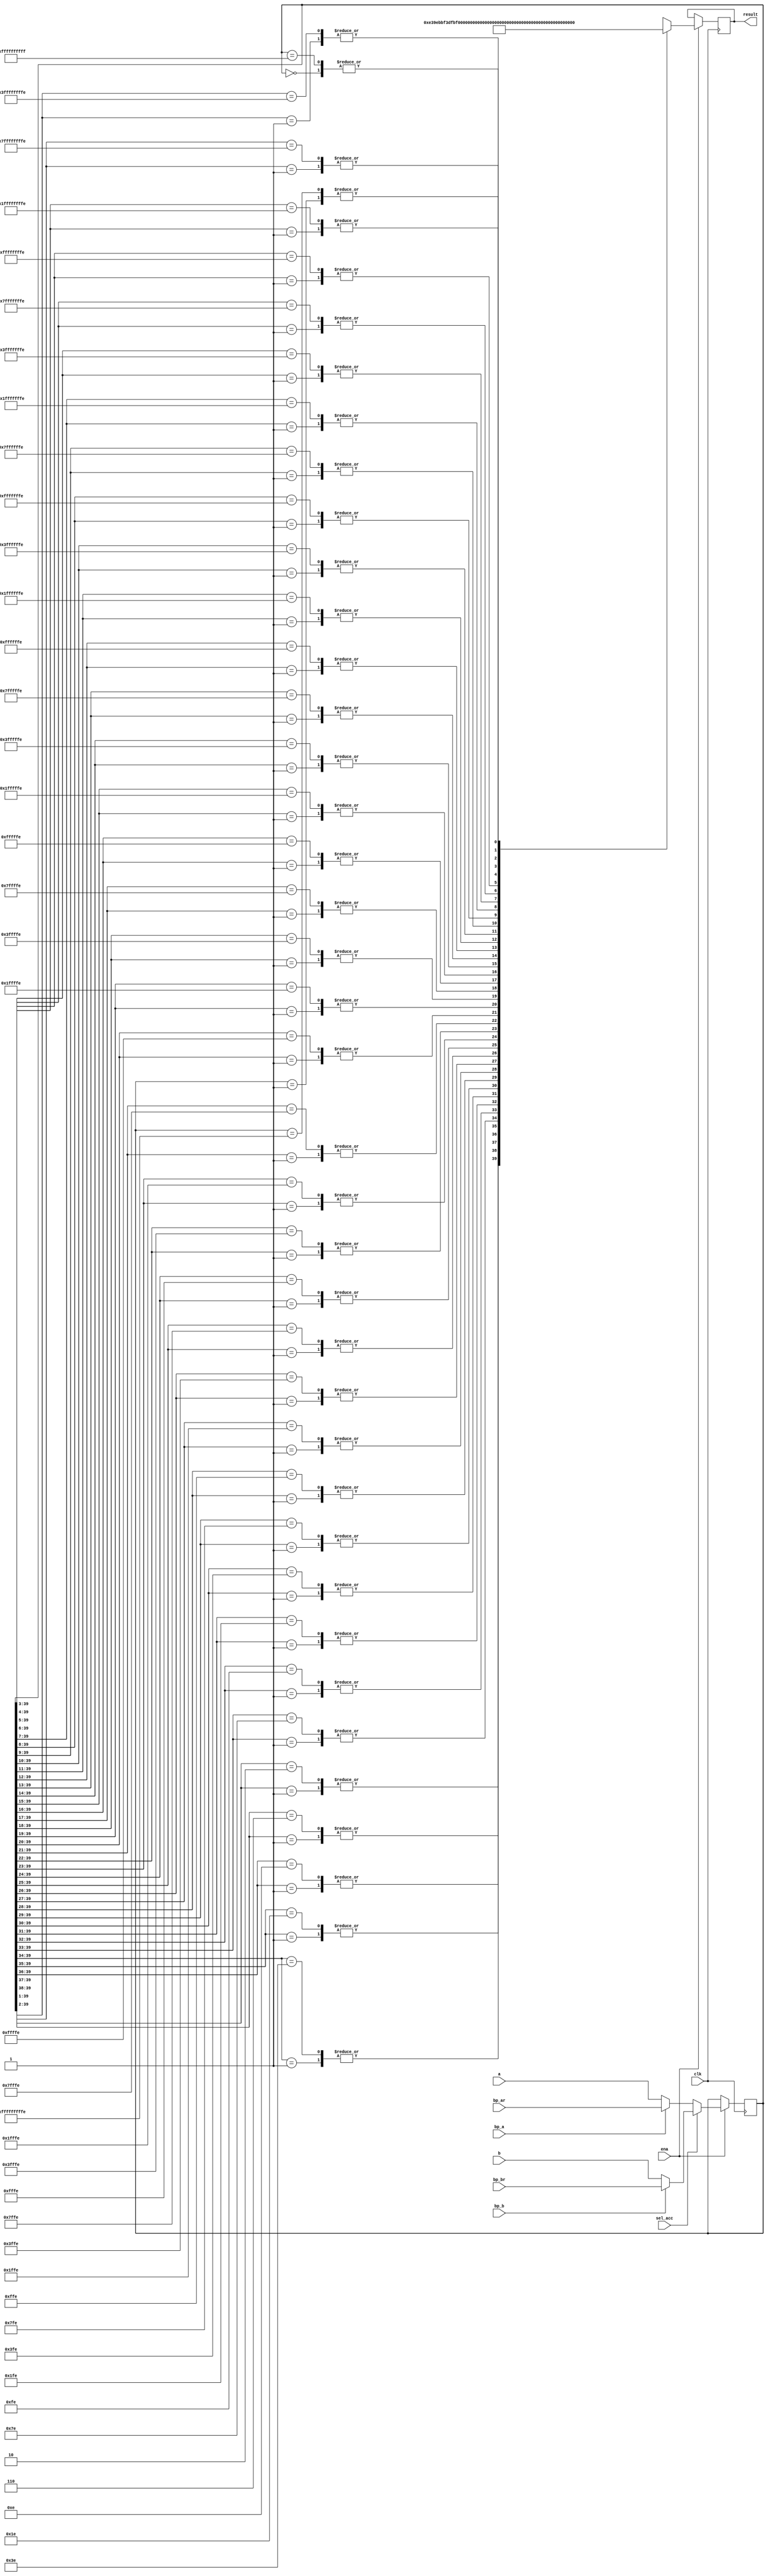
/////////////////////////////////////////////////////////////////////
////                                                             ////
////  OpenCores54 DSP, Exponent Encoder                          ////
////                                                             ////
////          richard@asics.ws                                   ////
////          www.asics.ws                                       ////
////                                                             ////
/////////////////////////////////////////////////////////////////////
////                                                             ////
//// Copyright (C) 2002 Richard Herveille                        ////
////                    richard@asics.ws                         ////
////                                                             ////
//// This source file may be used and distributed without        ////
//// restriction provided that this copyright statement is not   ////
//// removed from the file and that any derivative work contains ////
//// the original copyright notice and the associated disclaimer.////
////                                                             ////
////     THIS SOFTWARE IS PROVIDED ``AS IS'' AND WITHOUT ANY     ////
//// EXPRESS OR IMPLIED WARRANTIES, INCLUDING, BUT NOT LIMITED   ////
//// TO, THE IMPLIED WARRANTIES OF MERCHANTABILITY AND FITNESS   ////
//// FOR A PARTICULAR PURPOSE. IN NO EVENT SHALL THE AUTHOR      ////
//// OR CONTRIBUTORS BE LIABLE FOR ANY DIRECT, INDIRECT,         ////
//// INCIDENTAL, SPECIAL, EXEMPLARY, OR CONSEQUENTIAL DAMAGES    ////
//// (INCLUDING, BUT NOT LIMITED TO, PROCUREMENT OF SUBSTITUTE   ////
//// GOODS OR SERVICES; LOSS OF USE, DATA, OR PROFITS; OR        ////
//// BUSINESS INTERRUPTION) HOWEVER CAUSED AND ON ANY THEORY OF  ////
//// LIABILITY, WHETHER IN  CONTRACT, STRICT LIABILITY, OR TORT  ////
//// (INCLUDING NEGLIGENCE OR OTHERWISE) ARISING IN ANY WAY OUT  ////
//// OF THE USE OF THIS SOFTWARE, EVEN IF ADVISED OF THE         ////
//// POSSIBILITY OF SUCH DAMAGE.                                 ////
////                                                             ////
/////////////////////////////////////////////////////////////////////
								
//
// Xilinx Virtex-E WC: 116 CLB slices @ 74MHz, pass 4
//
									 
//  CVS Log														     
//																     
//  $Id: oc54_exp.v,v 1.1.1.1 2002-04-10 09:34:41 rherveille Exp $														     
//																     
//  $Date: 2002-04-10 09:34:41 $														 
//  $Revision: 1.1.1.1 $													 
//  $Author: rherveille $													     
//  $Locker:  $													     
//  $State: Exp $														 
//																     
// Change History:												     
//               $Log: not supported by cvs2svn $											 
																

module oc54_exp (
	clk, ena,
	sel_acc,
	a, b,
	bp_ar, bp_br,
	bp_a, bp_b,
	result
	);

//
// parameters
//

//
// inputs & outputs
//
input         clk;
input         ena;
input         sel_acc;                  // select accumulator
input  [39:0] a, b;                     // accumulator inputs
input  [39:0] bp_ar, bp_br;             // bypass accumulator a / b
input         bp_a, bp_b;               // bypass selects
output [ 5:0] result;

reg [5:0] result;

//
// variables
//
reg [39:0] acc;

/////////////////
// module body //
/////////////////  34('1') - 1(sign bit) - 8

//
// generate input selection
//

// input selection
always@(posedge clk)
	if (ena)
		if (sel_acc)
			acc = bp_b ? bp_br : b;
		else
			acc = bp_a ? bp_ar : a;

//
// Generate exponent encoder
//
// The result of the exponent encoder is the number of leading
// redundant bits, except the sign-bit, -8. Exp is in the -8 to +31 range.

// 00_0110 -> 11_1001 -> 11_1010

always@(posedge clk)
	if (ena)
		casex (acc) // synopsis full_case parallel_case
			//
			// positive numbers
			//
			40'b01??_????_????_????_????_????_????_????_????_????:
				result <= #1 6'h38; // 1 (leading red. bit) - 1 (sign bit) - 8 = -8
			40'b001?_????_????_????_????_????_????_????_????_????:
				result <= #1 6'h39; // 2 (leading red. bit) - 1 (sign bit) - 8 = -7
			40'b0001_????_????_????_????_????_????_????_????_????:
				result <= #1 6'h3a; // 3 (leading red. bit) - 1 (sign bit) - 8 = -6
			40'b0000_1???_????_????_????_????_????_????_????_????:
				result <= #1 6'h3b; // 4 (leading red. bit) - 1 (sign bit) - 8 = -5

			40'b0000_01??_????_????_????_????_????_????_????_????:
				result <= #1 6'h3c; // 5 (leading red. bit) - 1 (sign bit) - 8 = -4
			40'b0000_001?_????_????_????_????_????_????_????_????:
				result <= #1 6'h3d; // 6 (leading red. bit) - 1 (sign bit) - 8 = -3
			40'b0000_0001_????_????_????_????_????_????_????_????:
				result <= #1 6'h3e; // 7 (leading red. bit) - 1 (sign bit) - 8 = -2
			40'b0000_0000_1???_????_????_????_????_????_????_????:
				result <= #1 6'h3f; // 8 (leading red. bit) - 1 (sign bit) - 8 = -1

			40'b0000_0000_01??_????_????_????_????_????_????_????:
				result <= #1 6'h00; // 9 (leading red. bit) - 1 (sign bit) - 8 = 0
			40'b0000_0000_001?_????_????_????_????_????_????_????:
				result <= #1 6'h01; //10 (leading red. bit) - 1 (sign bit) - 8 = 1
			40'b0000_0000_0001_????_????_????_????_????_????_????:
				result <= #1 6'h02; //11 (leading red. bit) - 1 (sign bit) - 8 = 2
			40'b0000_0000_0000_1???_????_????_????_????_????_????:
				result <= #1 6'h03; //12 (leading red. bit) - 1 (sign bit) - 8 = 3

			40'b0000_0000_0000_01??_????_????_????_????_????_????:
				result <= #1 6'h04; //13 (leading red. bit) - 1 (sign bit) - 8 = 4
			40'b0000_0000_0000_001?_????_????_????_????_????_????:
				result <= #1 6'h05; //14 (leading red. bit) - 1 (sign bit) - 8 = 5
			40'b0000_0000_0000_0001_????_????_????_????_????_????:
				result <= #1 6'h06; //15 (leading red. bit) - 1 (sign bit) - 8 = 6
			40'b0000_0000_0000_0000_1???_????_????_????_????_????:
				result <= #1 6'h07; //16 (leading red. bit) - 1 (sign bit) - 8 = 7

			40'b0000_0000_0000_0000_01??_????_????_????_????_????:
				result <= #1 6'h08; //17 (leading red. bit) - 1 (sign bit) - 8 = 8
			40'b0000_0000_0000_0000_001?_????_????_????_????_????:
				result <= #1 6'h09; //18 (leading red. bit) - 1 (sign bit) - 8 = 9
			40'b0000_0000_0000_0000_0001_????_????_????_????_????:
				result <= #1 6'h0a; //19 (leading red. bit) - 1 (sign bit) - 8 =10
			40'b0000_0000_0000_0000_0000_1???_????_????_????_????:
				result <= #1 6'h0b; //20 (leading red. bit) - 1 (sign bit) - 8 =11
	
			40'b0000_0000_0000_0000_0000_01??_????_????_????_????:
				result <= #1 6'h0c; //21 (leading red. bit) - 1 (sign bit) - 8 =12
			40'b0000_0000_0000_0000_0000_001?_????_????_????_????:
				result <= #1 6'h0d; //22 (leading red. bit) - 1 (sign bit) - 8 =13
			40'b0000_0000_0000_0000_0000_0001_????_????_????_????:
				result <= #1 6'h0e; //23 (leading red. bit) - 1 (sign bit) - 8 =14
			40'b0000_0000_0000_0000_0000_0000_1???_????_????_????:
				result <= #1 6'h0f; //24 (leading red. bit) - 1 (sign bit) - 8 =15

			40'b0000_0000_0000_0000_0000_0000_01??_????_????_????:
				result <= #1 6'h10; //25 (leading red. bit) - 1 (sign bit) - 8 =16
			40'b0000_0000_0000_0000_0000_0000_001?_????_????_????:
				result <= #1 6'h11; //26 (leading red. bit) - 1 (sign bit) - 8 =17
			40'b0000_0000_0000_0000_0000_0000_0001_????_????_????:
				result <= #1 6'h12; //27 (leading red. bit) - 1 (sign bit) - 8 =18
			40'b0000_0000_0000_0000_0000_0000_0000_1???_????_????:
				result <= #1 6'h13; //28 (leading red. bit) - 1 (sign bit) - 8 =19

			40'b0000_0000_0000_0000_0000_0000_0000_01??_????_????:
				result <= #1 6'h14; //29 (leading red. bit) - 1 (sign bit) - 8 =20
			40'b0000_0000_0000_0000_0000_0000_0000_001?_????_????:
				result <= #1 6'h15; //30 (leading red. bit) - 1 (sign bit) - 8 =21
			40'b0000_0000_0000_0000_0000_0000_0000_0001_????_????:
				result <= #1 6'h16; //31 (leading red. bit) - 1 (sign bit) - 8 =22
			40'b0000_0000_0000_0000_0000_0000_0000_0000_1???_????:
				result <= #1 6'h17; //32 (leading red. bit) - 1 (sign bit) - 8 =23

			40'b0000_0000_0000_0000_0000_0000_0000_0000_01??_????:
				result <= #1 6'h18; //33 (leading red. bit) - 1 (sign bit) - 8 =24
			40'b0000_0000_0000_0000_0000_0000_0000_0000_001?_????:
				result <= #1 6'h19; //34 (leading red. bit) - 1 (sign bit) - 8 =25
			40'b0000_0000_0000_0000_0000_0000_0000_0000_0001_????:
				result <= #1 6'h1a; //35 (leading red. bit) - 1 (sign bit) - 8 =26
			40'b0000_0000_0000_0000_0000_0000_0000_0000_0000_1???:
				result <= #1 6'h1b; //36 (leading red. bit) - 1 (sign bit) - 8 =27

			40'b0000_0000_0000_0000_0000_0000_0000_0000_0000_01??:
				result <= #1 6'h1c; //37 (leading red. bit) - 1 (sign bit) - 8 =28
			40'b0000_0000_0000_0000_0000_0000_0000_0000_0000_001?:
				result <= #1 6'h1d; //38 (leading red. bit) - 1 (sign bit) - 8 =29
			40'b0000_0000_0000_0000_0000_0000_0000_0000_0000_0001:
				result <= #1 6'h1e; //39 (leading red. bit) - 1 (sign bit) - 8 =30
			40'b0000_0000_0000_0000_0000_0000_0000_0000_0000_0000:
				result <= #1 6'h1f; //40 (leading red. bit) - 1 (sign bit) - 8 =31

			//
			// negative numbers
			//
			40'b10??_????_????_????_????_????_????_????_????_????:
				result <= #1 6'h38; // 1 (leading red. bit) - 1 (sign bit) - 8 = -8
			40'b110?_????_????_????_????_????_????_????_????_????:
				result <= #1 6'h39; // 2 (leading red. bit) - 1 (sign bit) - 8 = -7
			40'b1110_????_????_????_????_????_????_????_????_????:
				result <= #1 6'h3a; // 3 (leading red. bit) - 1 (sign bit) - 8 = -6
			40'b1111_0???_????_????_????_????_????_????_????_????:
				result <= #1 6'h3b; // 4 (leading red. bit) - 1 (sign bit) - 8 = -5

			40'b1111_10??_????_????_????_????_????_????_????_????:
				result <= #1 6'h3c; // 5 (leading red. bit) - 1 (sign bit) - 8 = -4
			40'b1111_110?_????_????_????_????_????_????_????_????:
				result <= #1 6'h3d; // 6 (leading red. bit) - 1 (sign bit) - 8 = -3
			40'b1111_1110_????_????_????_????_????_????_????_????:
				result <= #1 6'h3e; // 7 (leading red. bit) - 1 (sign bit) - 8 = -2
			40'b1111_1111_0???_????_????_????_????_????_????_????:
				result <= #1 6'h3f; // 8 (leading red. bit) - 1 (sign bit) - 8 = -1

			40'b1111_1111_10??_????_????_????_????_????_????_????:
				result <= #1 6'h00; // 9 (leading red. bit) - 1 (sign bit) - 8 = 0
			40'b1111_1111_110?_????_????_????_????_????_????_????:
				result <= #1 6'h01; //10 (leading red. bit) - 1 (sign bit) - 8 = 1
			40'b1111_1111_1110_????_????_????_????_????_????_????:
				result <= #1 6'h02; //11 (leading red. bit) - 1 (sign bit) - 8 = 2
			40'b1111_1111_1111_0???_????_????_????_????_????_????:
				result <= #1 6'h03; //12 (leading red. bit) - 1 (sign bit) - 8 = 3

			40'b1111_1111_1111_10??_????_????_????_????_????_????:
				result <= #1 6'h04; //13 (leading red. bit) - 1 (sign bit) - 8 = 4
			40'b1111_1111_1111_110?_????_????_????_????_????_????:
				result <= #1 6'h05; //14 (leading red. bit) - 1 (sign bit) - 8 = 5
			40'b1111_1111_1111_1110_????_????_????_????_????_????:
				result <= #1 6'h06; //15 (leading red. bit) - 1 (sign bit) - 8 = 6
			40'b1111_1111_1111_1111_0???_????_????_????_????_????:
				result <= #1 6'h07; //16 (leading red. bit) - 1 (sign bit) - 8 = 7

			40'b1111_1111_1111_1111_10??_????_????_????_????_????:
				result <= #1 6'h08; //17 (leading red. bit) - 1 (sign bit) - 8 = 8
			40'b1111_1111_1111_1111_110?_????_????_????_????_????:
				result <= #1 6'h09; //18 (leading red. bit) - 1 (sign bit) - 8 = 9
			40'b1111_1111_1111_1111_1110_????_????_????_????_????:
				result <= #1 6'h0a; //19 (leading red. bit) - 1 (sign bit) - 8 =10
			40'b1111_1111_1111_1111_1111_0???_????_????_????_????:
				result <= #1 6'h0b; //20 (leading red. bit) - 1 (sign bit) - 8 =11
	
			40'b1111_1111_1111_1111_1111_10??_????_????_????_????:
				result <= #1 6'h0c; //21 (leading red. bit) - 1 (sign bit) - 8 =12
			40'b1111_1111_1111_1111_1111_110?_????_????_????_????:
				result <= #1 6'h0d; //22 (leading red. bit) - 1 (sign bit) - 8 =13
			40'b1111_1111_1111_1111_1111_1110_????_????_????_????:
				result <= #1 6'h0e; //23 (leading red. bit) - 1 (sign bit) - 8 =14
			40'b1111_1111_1111_1111_1111_1111_0???_????_????_????:
				result <= #1 6'h0f; //24 (leading red. bit) - 1 (sign bit) - 8 =15

			40'b1111_1111_1111_1111_1111_1111_10??_????_????_????:
				result <= #1 6'h10; //25 (leading red. bit) - 1 (sign bit) - 8 =16
			40'b1111_1111_1111_1111_1111_1111_110?_????_????_????:
				result <= #1 6'h11; //26 (leading red. bit) - 1 (sign bit) - 8 =17
			40'b1111_1111_1111_1111_1111_1111_1110_????_????_????:
				result <= #1 6'h12; //27 (leading red. bit) - 1 (sign bit) - 8 =18
			40'b1111_1111_1111_1111_1111_1111_1111_0???_????_????:
				result <= #1 6'h13; //28 (leading red. bit) - 1 (sign bit) - 8 =19

			40'b1111_1111_1111_1111_1111_1111_1111_10??_????_????:
				result <= #1 6'h14; //29 (leading red. bit) - 1 (sign bit) - 8 =20
			40'b1111_1111_1111_1111_1111_1111_1111_110?_????_????:
				result <= #1 6'h15; //30 (leading red. bit) - 1 (sign bit) - 8 =21
			40'b1111_1111_1111_1111_1111_1111_1111_1110_????_????:
				result <= #1 6'h16; //31 (leading red. bit) - 1 (sign bit) - 8 =22
			40'b1111_1111_1111_1111_1111_1111_1111_1111_0???_????:
				result <= #1 6'h17; //32 (leading red. bit) - 1 (sign bit) - 8 =23

			40'b1111_1111_1111_1111_1111_1111_1111_1111_10??_????:
				result <= #1 6'h18; //33 (leading red. bit) - 1 (sign bit) - 8 =24
			40'b1111_1111_1111_1111_1111_1111_1111_1111_110?_????:
				result <= #1 6'h19; //34 (leading red. bit) - 1 (sign bit) - 8 =25
			40'b1111_1111_1111_1111_1111_1111_1111_1111_1110_????:
				result <= #1 6'h1a; //35 (leading red. bit) - 1 (sign bit) - 8 =26
			40'b1111_1111_1111_1111_1111_1111_1111_1111_1111_0???:
				result <= #1 6'h1b; //36 (leading red. bit) - 1 (sign bit) - 8 =27

			40'b1111_1111_1111_1111_1111_1111_1111_1111_1111_10??:
				result <= #1 6'h1c; //37 (leading red. bit) - 1 (sign bit) - 8 =28
			40'b1111_1111_1111_1111_1111_1111_1111_1111_1111_110?:
				result <= #1 6'h1d; //38 (leading red. bit) - 1 (sign bit) - 8 =29
			40'b1111_1111_1111_1111_1111_1111_1111_1111_1111_1110:
				result <= #1 6'h1e; //39 (leading red. bit) - 1 (sign bit) - 8 =30
			40'b1111_1111_1111_1111_1111_1111_1111_1111_1111_1111:
				result <= #1 6'h1f; //40 (leading red. bit) - 1 (sign bit) - 8 =31
		endcase

endmodule